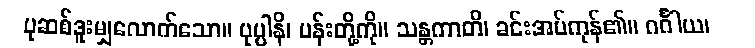
ပုဆစ်ဒူးမျှလောက်သော။ ပုပ္ပါနိ၊ ပန်းတို့ကို။ သန္တကာတိ၊ ခင်းအပ်ကုန်၏။ ဂင်္ဂါယ၊